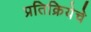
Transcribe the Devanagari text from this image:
प्रतिक्रियेचे